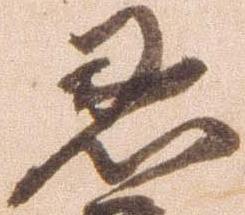
恩